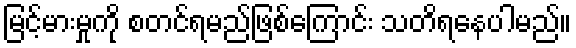
မြင့်မားမှုကို စတင်ရမည်ဖြစ်ကြောင်း သတိရနေပါမည်။